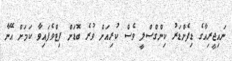
ނައިޖީރިއާގެ ޑިފެންޑަރު ކިންގްސްލީ ވެސް ކުރިއަށް ވުރެ ބޮޑަށް ފިޓްވެފައިވާ ކަމަށް އޭނާ